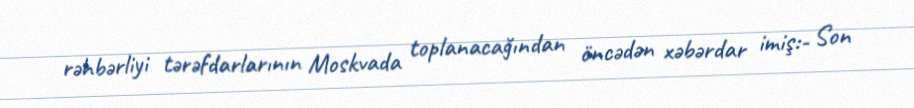
rəhbərliyi tərəfdarlarının Moskvada toplanacağından öncədən xəbərdar imiş:- Son